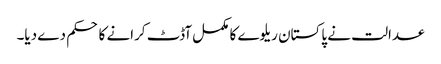
عدالت نے پاکستان ریلوے کا مکمل آڈٹ کرانے کا حکم دے دیا۔